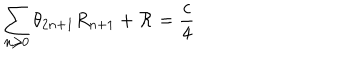
\sum _ { n \geq 0 } \theta _ { 2 n + 1 } R _ { n + 1 } + { \cal R } = \frac { c } { 4 }